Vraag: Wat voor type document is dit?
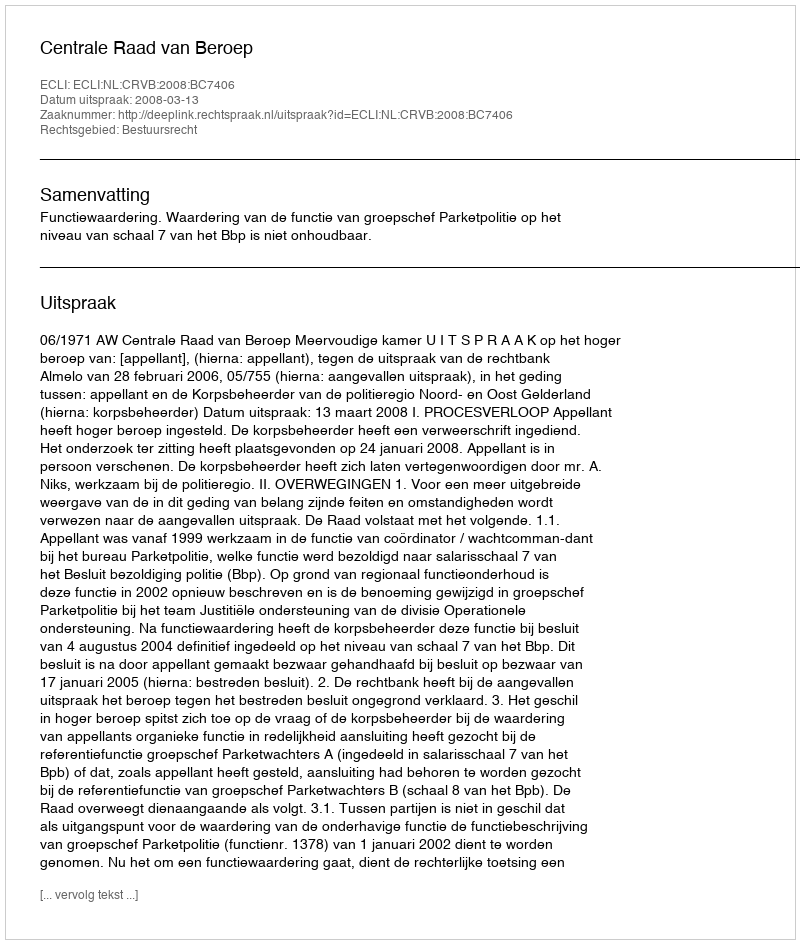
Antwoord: Uitspraak